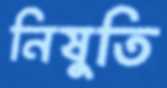
নিষুতি